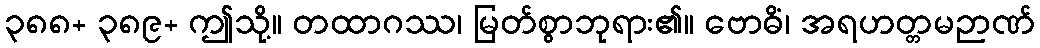
၃၈၈+ ၃၈၉+ ဤသို့။ တထာဂဿ၊ မြတ်စွာဘုရား၏။ ဗောဓိံ၊ အရဟတ္တမဉာဏ်